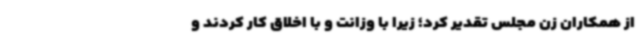
از همکاران زن مجلس تقدیر کرد؛ زیرا با وزانت و با اخلاق کار کردند و